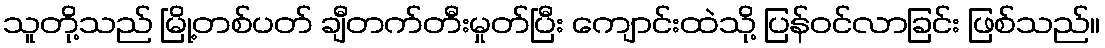
သူတို့သည် မြို့တစ်ပတ် ချီတက်တီးမှုတ်ပြီး ကျောင်းထဲသို့ ပြန်ဝင်လာခြင်း ဖြစ်သည်။